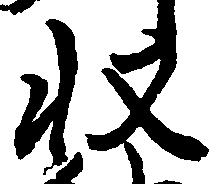
収